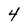
Character: 4